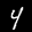
Label: 4